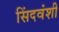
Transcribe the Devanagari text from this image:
सिंदवंशी